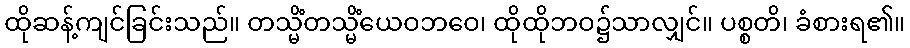
ထိုဆန့်ကျင်ခြင်းသည်။ တသ္မိံတသ္မိံယေဝဘဝေ၊ ထိုထိုဘဝ၌သာလျှင်။ ပစ္စတိ၊ ခံစားရ၏။